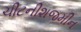
ચીટનીશજમીન